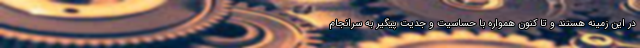
در این زمینه هستند و تا کنون همواره با حساسیت و جدیت پیگیر به سرانجام